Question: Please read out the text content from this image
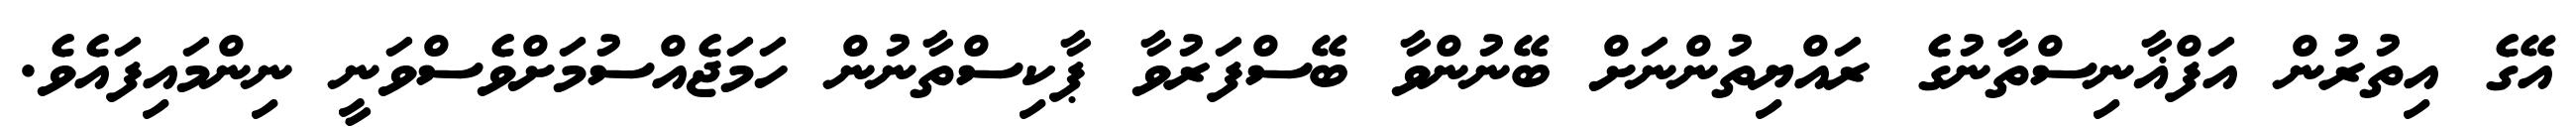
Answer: އޭގެ އިތުރުން އަފްޣާނިސްތާނުގެ ރައްޔިތުންނަށް ބޭނުންވާ ބޭސްފަރުވާ ޕާކިސްތާނުން ހަމަޖެއްސުމަށްވެސްވަނީ ނިންމައިފައެވެ.